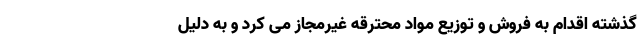
گذشته اقدام به فروش و توزیع مواد محترقه غیرمجاز می کرد و به دلیل